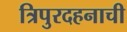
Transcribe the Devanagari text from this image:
त्रिपुरदहनाची